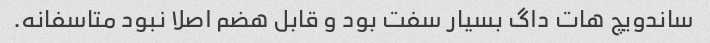
ساندویچ هات داگ بسیار سفت بود و قابل هضم اصلا نبود متاسفانه.